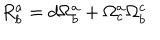
LaTeX: R _ { b } ^ { a } = d \Omega _ { b } ^ { a } + \Omega _ { c } ^ { a } \Omega _ { b } ^ { c }